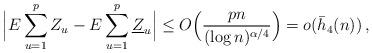
LaTeX: \begin{align*}\Big| E \sum_{u=1}^p Z_u - E \sum_{u=1}^p \underline{Z}_u \Big| \le O\Big(\frac{p n}{(\log n)^{\alpha/4}}\Big) = o(\bar h_4(n)) \,,\end{align*}